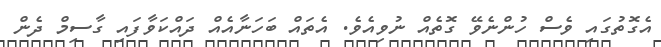
އެގޮތުގައި ވެސް ހުންނެވޭ ގޮތެއް ނުވިއެވެ. އެތައް ބަހަނާއެއް ދައްކަވާފައި ގާސިމް ދެން